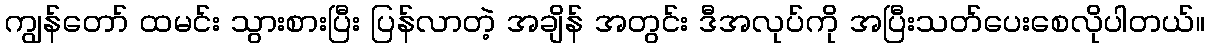
ကျွန်တော် ထမင်း သွားစားပြီး ပြန်လာတဲ့ အချိန် အတွင်း ဒီအလုပ်ကို အပြီးသတ်ပေးစေလိုပါတယ်။